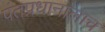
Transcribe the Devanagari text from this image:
पंतप्रधानालाच